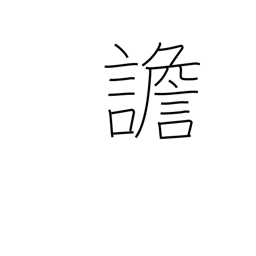
Meaning: delirious talk